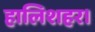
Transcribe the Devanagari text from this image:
हालिशहर।